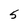
Character: 5